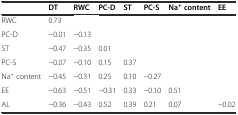
|  | DT | RWC | PC-D | ST | PC-S | Na+content | EE |
 | --- | --- | --- | --- | --- | --- | --- | --- |
 | RWC | 0.73 |  |  |  |  |  |  |
 | PC-D | −0.01 | −0.13 |  |  |  |  |  |
 | ST | −0.47 | −0.35 | 0.01 |  |  |  |  |
 | PC-S | −0.07 | −0.10 | 0.15 | 0.37 |  |  |  |
 | Na+ content | −0.45 | −0.31 | 0.25 | 0.10 | −0.27 |  |  |
 | EE | −0.63 | −0.51 | −0.31 | 0.33 | −0.10 | 0.51 |  |
 | AL | −0.36 | −0.43 | 0.52 | 0.39 | 0.21 | 0.07 | −0.02 |